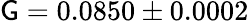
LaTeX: \mathsf{G}=0.0850\pm0.0002